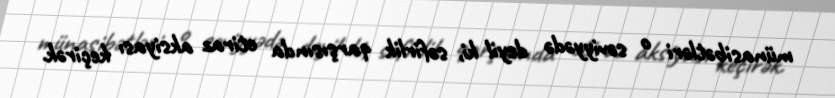
münasibətləri o səviyyədə deyil ki, səfirlik qarşısında etiraz aksiyası keçirək.